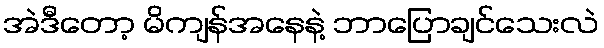
အဲဒီတော့ မိကျန်အနေနဲ့ ဘာပြောချင်သေးလဲ